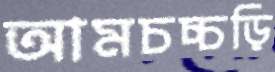
আমচচ্চড়ি